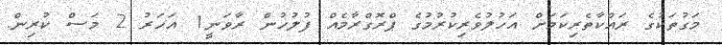
މަގުތަކުގެ ރައްކާތެރިކަމަށް އަހުުލުވެރިކުރުމުގެ ޕްރޮގްރާމެއް ފުލުހުން ރާވަނީ1 އަހަރު 2 މަސް ކުރިން.